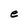
Character: e